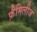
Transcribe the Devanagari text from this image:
फ़ैमिलीज